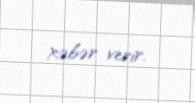
xəbər verir.